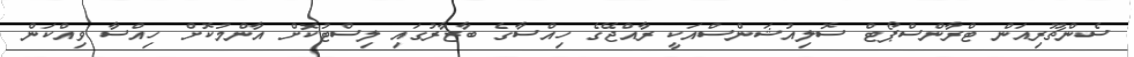
ސެންޗޫރިއަން ޓްރާންސްޕޯޓް ސޮލިއުޝަންސްއަކީ ރާއްޖޭގެ ހިއްސާގެ ބާޒާރުގައި ލިސްޓުކޮށް އާންމުކޮށް ހިއްސާ ވިއްކަން